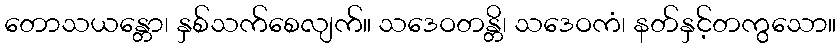
တောသယန္တော၊ နှစ်သက်စေလျက်။ သဒေဝတန္တိ၊ သဒေဝကံ၊ နတ်နှင့်တကွသော။